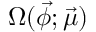
\Omega ( \vec { \phi } ; \vec { \mu } )